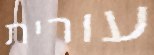
עורית